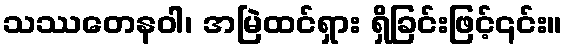
သဿတေနဝါ၊ အမြဲထင်ရှား ရှိခြင်းဖြင့်၎င်း။